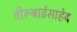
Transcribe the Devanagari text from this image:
वीरूबाईसाहेब